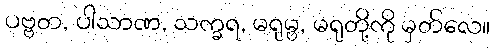
ပဗ္ဗတ, ပါသာဏ, သက္ခရ, မရုမ္ဗ, မရုတို့ကို မှတ်လေ။